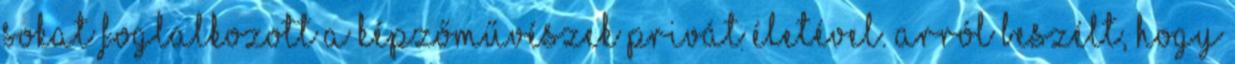
sokat foglalkozott a képzőművészek privát életével. Arról beszélt, hogy